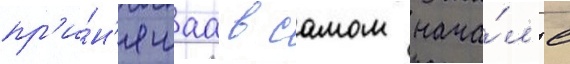
пр'и́н'ятаа в самом нача́л'е